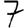
Digit: 7